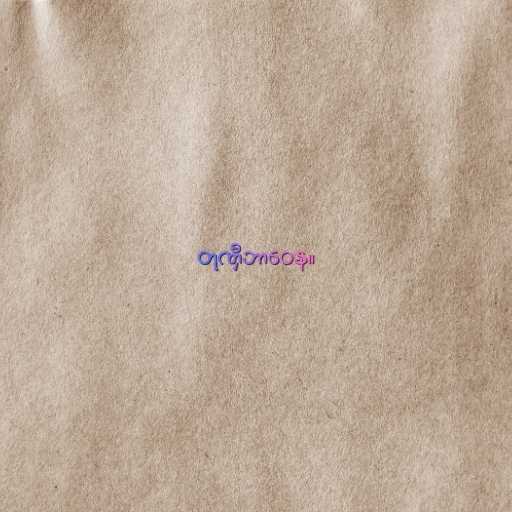
တုဏှီဘာဝေန။